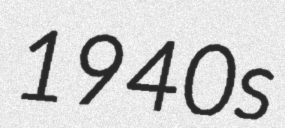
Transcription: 1940s